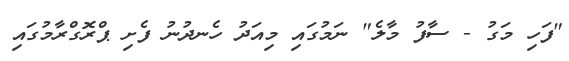
"ފަހި މަގު - ސާފު މާލެ" ނަމުގައި މިއަދު ހެނދުނު ފެށި ޕްރޮގްރާމުގައި